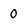
Character: 0